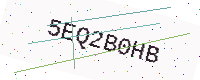
Text: 5EQ2B0HB